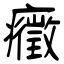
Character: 癥